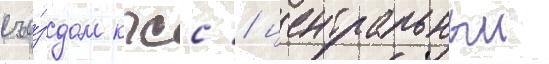
съе́здом кпсс / центральныи